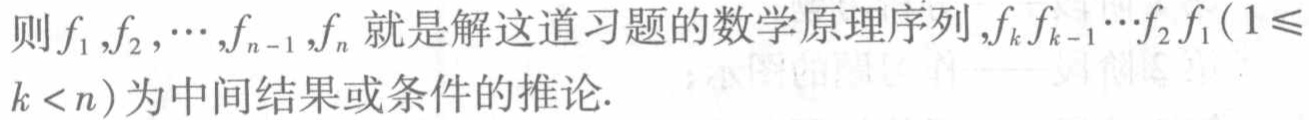
则 \(f_1,f_2,\cdots,f_{n - 1},f_n\) 就是解这道习题的数学原理序列，\(f_k f_{k - 1}\cdots f_2 f_1(1\leqslant k < n)\) 为中间结果或条件的推论.